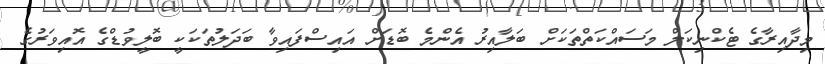
މިދާއިރާގެ ޓެކްނިކަލް މަސައްކަތްތަކަށް ބަލާއިރު އެންމެ ބޮޑަށް އައިސްފައިވާ ބަދަލުތަކަކީ ބޮލީވުޑްގެ އޮއިވަރުގެ